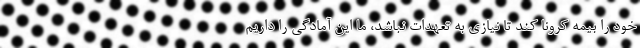
خود را بیمه کرونا کند تا نیازی به تعهدات نباشد، ما این آمادگی را داریم